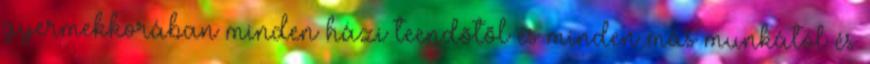
gyermekkorában minden házi teendõtõl és minden más munkától és